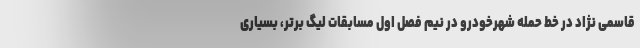
قاسمی نژاد در خط حمله شهرخودرو در نیم فصل اول مسابقات لیگ برتر، بسیاری